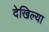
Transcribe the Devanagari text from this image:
देखिल्या